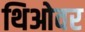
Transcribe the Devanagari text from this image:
थिओवर